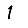
Digit: 1